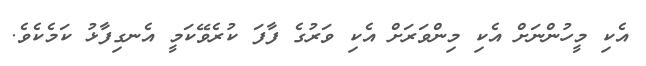
އެކި މީހުންނަށް އެކި މިންވަރަށް އެކި ވަރުގެ ފާފަ ކުރެވޭކަމީ އެނގިފާޅު ކަމެކެވެ.